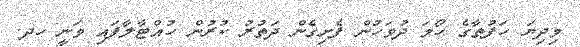
މިދިޔަ ހަފުތާގެ ހޯމަ ދުވަހުން ފެށިގެން ދަތުރު ކުރުން ހުއްޓާލާފައި ވަނީ ހދ.